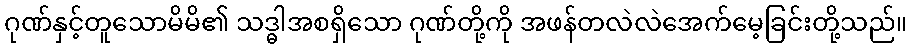
ဂုဏ်နှင့်တူသောမိမိ၏ သဒ္ဓါအစရှိသော ဂုဏ်တို့ကို အဖန်တလဲလဲအေက်မေ့ခြင်းတို့သည်။